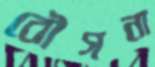
বৌগনা